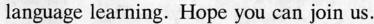
language learning. Hope you can join us.